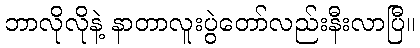
ဘာလိုလိုနဲ့ နာတာလူးပွဲတော်လည်းနီးလာပြီ။